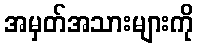
အမှတ်အသားများကို